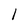
Character: 1